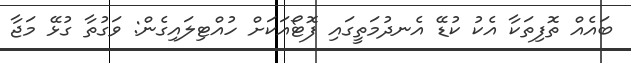
ބައެއް ތޮފިތަކާ އެކު ކުޑޭ އެނދުމަތީގައި ފޮޓޯއަކަށް ހުއްޓިލައިގެން: ވަގުތާ ގުޅޭ މަޖާ